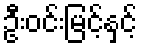
ဦးဝင်းမြင့်နှင့်